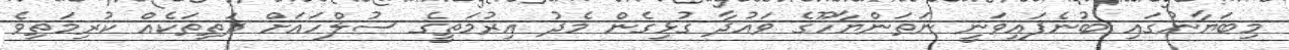
މިބަޔާނުގައި ބުނެފައިވަނީ ނަތަންޔާހޫގެ ވައުދާ ގުޅިގެން މެދު އިރުމަތީގެ ސުލްހައަށް ދަތިތަކެއް ކުރިމަތިވެ